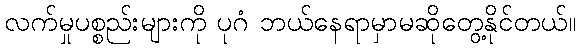
လက်မှုပစ္စည်းများကို ပုဂံ ဘယ်နေရာမှာမဆိုတွေ့နိုင်တယ်။